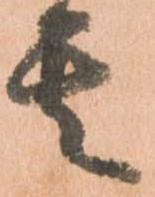
其